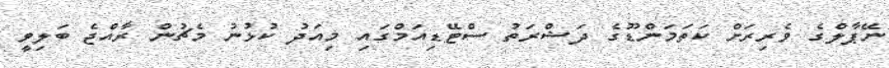
ނޭޕާލްގެ ވެރިރަށް ކަތަމަންޑޫގެ ދަޝްރަތު ސްޓޭޑިއަމްގައި މިއަދު ކުޅުނު މެޗުން ރާއްޖެ ބަލިވީ